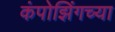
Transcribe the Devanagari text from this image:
कंपोझिंगच्या